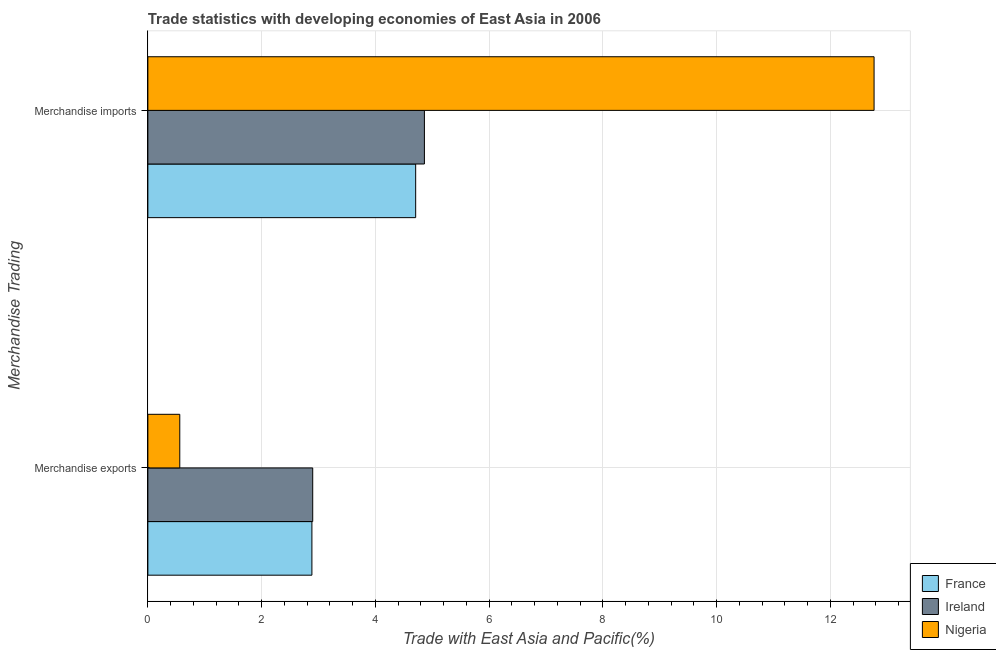
| Merchandise Trading | France | Ireland | Nigeria |
 | --- | --- | --- | --- |
 | Merchandise exports | 2.88 | 2.9 | 0.561 |
 | Merchandise imports | 4.71 | 4.86 | 12.8 |